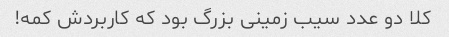
کلا دو عدد سیب زمینی بزرگ بود که کاربردش کمه!